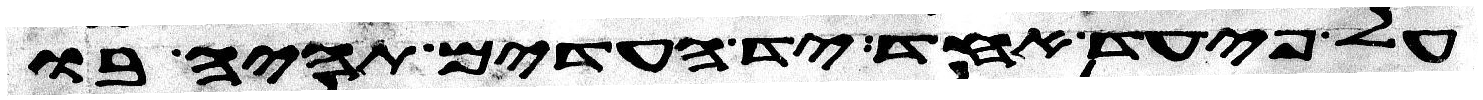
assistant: על פי עד אחד יד העדים תהיה בו